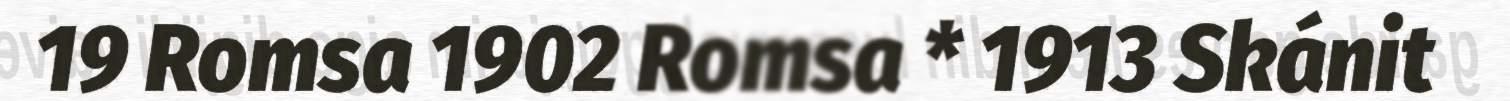
19 Romsa 1902 Romsa * 1913 Skánit